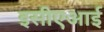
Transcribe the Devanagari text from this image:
इसीएआई